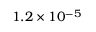
1 . 2 \times 1 0 ^ { - 5 }